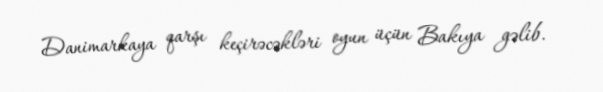
Danimarkaya qarşı keçirəcəkləri oyun üçün Bakıya gəlib.